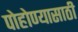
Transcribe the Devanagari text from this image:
पोहोण्यासाठी